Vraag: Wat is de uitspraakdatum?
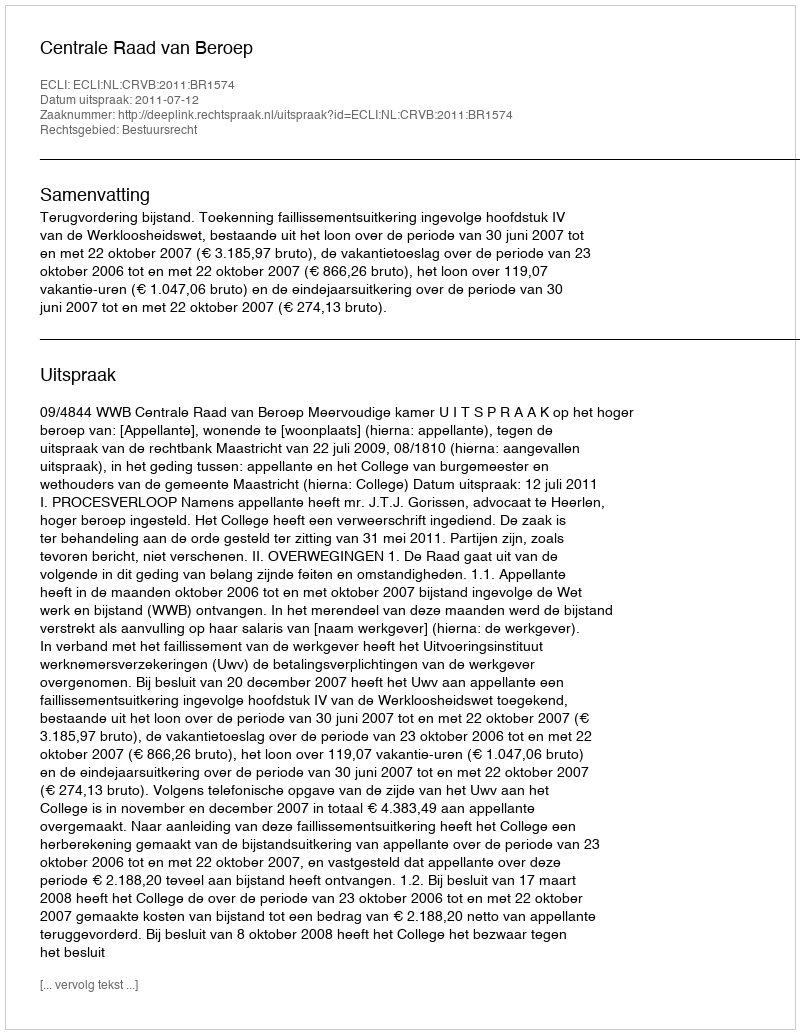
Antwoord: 2011-07-12